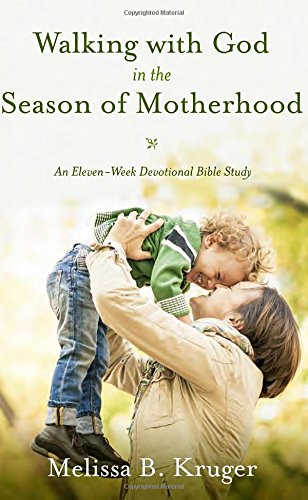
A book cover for Walking with God in the Season of Motherhood: An Eleven-Week Devotional Bible Study; Melissa Kruger; Parenting & Relationships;